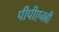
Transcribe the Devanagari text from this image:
पीपीएनबी